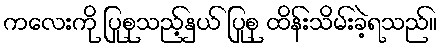
ကလေးကို ပြုစုသည့်နှယ် ပြုစု ထိန်းသိမ်းခဲ့ရသည်။